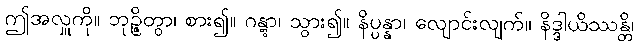
ဤအလှူကို။ ဘုဉ္ဇိတွာ၊ စား၍။ ဂန္တွာ၊ သွား၍။ နိပ္ပန္နာ၊ လျောင်းလျက်။ နိဒ္ဒါယိဿန္တိ၊